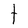
Character: t